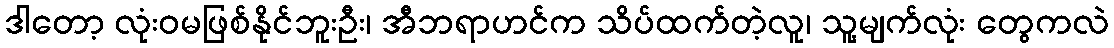
ဒါတော့ လုံးဝမဖြစ်နိုင်ဘူးဦး၊ အီဘရာဟင်က သိပ်ထက်တဲ့လူ၊ သူ့မျက်လုံး တွေကလဲ